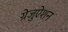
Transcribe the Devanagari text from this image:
ग्रेजुऐशन